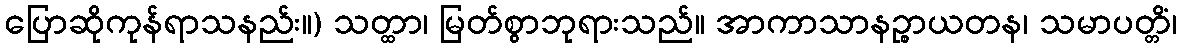
ပြောဆိုကုန်ရာသနည်း။) သတ္ထာ၊ မြတ်စွာဘုရားသည်။ အာကာသာနဉ္စာယတန၊ သမာပတ္တိံ၊